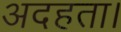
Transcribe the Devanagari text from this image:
अदहता।